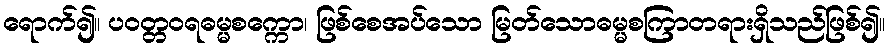
ရောက်၍။ ပဝတ္တဝရဓမ္မစက္ကော၊ ဖြစ်စေအပ်သော မြတ်သောဓမ္မစကြာတရားရှိသည်ဖြစ်၍။